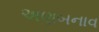
અણબનાવ